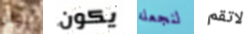
بوتر يكون لنجعله لاتقم